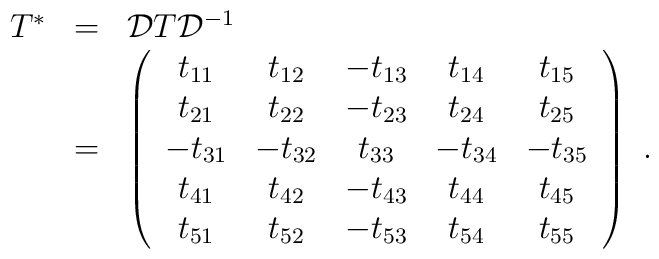
\begin{array}{rcl}T^*&=&{\cal D}T{\cal D}^{-1}\\&=&\left(\begin{array}{ccccc}          t_{11}&t_{12}&-t_{13}&t_{14}&t_{15}\\          t_{21}&t_{22}&-t_{23}&t_{24}&t_{25}\\          -t_{31}&-t_{32}&t_{33}&-t_{34}&-t_{35}\\          t_{41}&t_{42}&-t_{43}&t_{44}&t_{45}\\          t_{51}&t_{52}&-t_{53}&t_{54}&t_{55}\end{array}\right)~.\end{array}